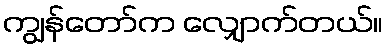
ကျွန်တော်က လျှောက်တယ်။